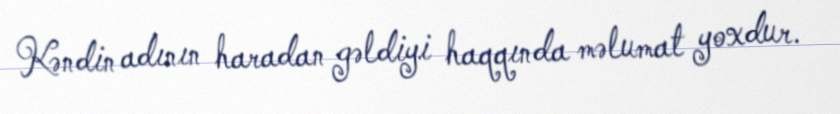
Kəndin adının haradan gəldiyi haqqında məlumat yoxdur.